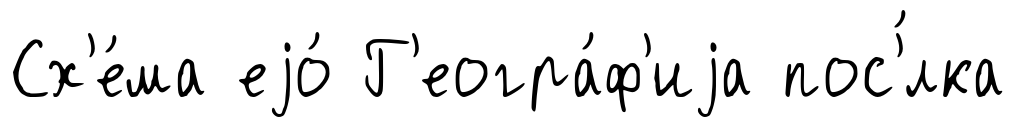
Сх'е́ма еjо́ Г'еогра́ф'иjа пос'́лка